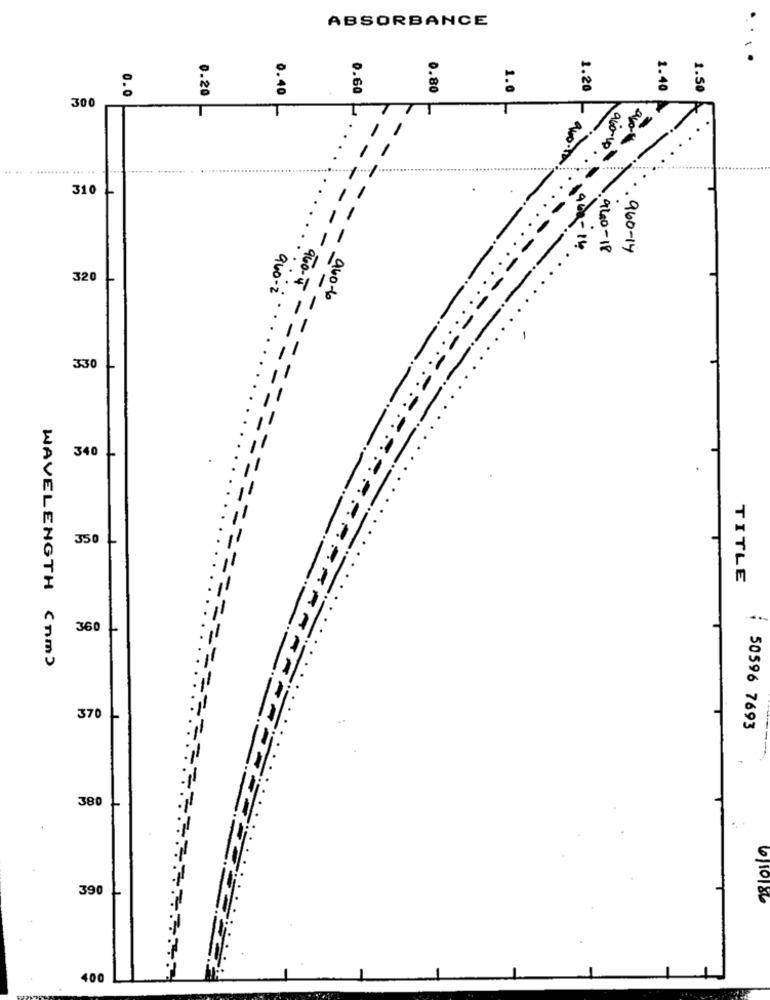
ABSORBANCE
0.0
0.40
0.60
0.80
1.0
1.20
1.40
1.50
300
:
0.20
..... .
310
1900 -14
940- 18
. 960- 14
320
940-2
960-6
330
340
350 -
TITLE
360
WAVELENGTH (nm)
370
50596 7693
380 -
39
400